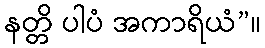
နတ္တိ ပါပံ အကာရိယံ”။